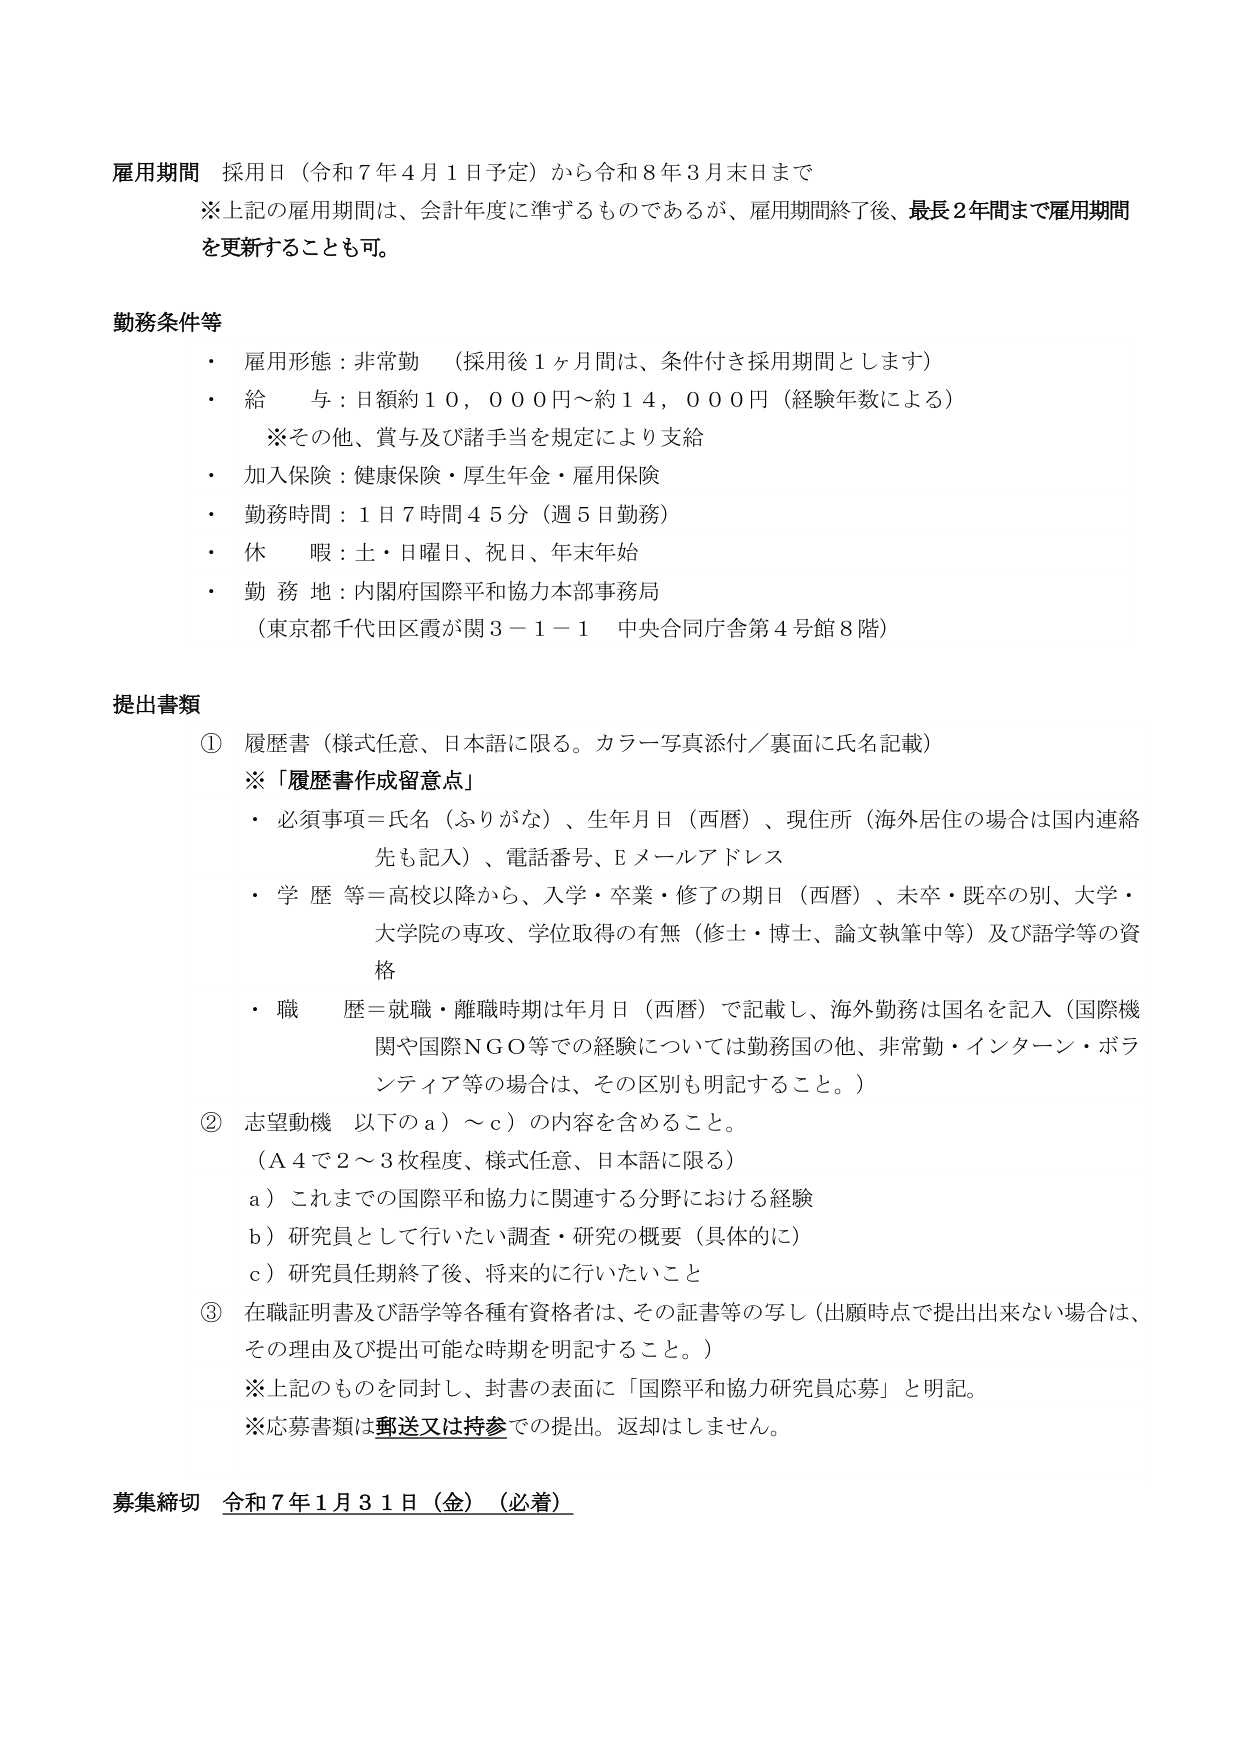
雇用期間 採用日（令和７年４月１日予定）から令和８年３月末日まで
※上記の雇用期間は、会計年度に準ずるものであるが、雇用期間終了後、最長２年間まで雇用期間を更新することも可。

勤務条件等
・ 雇用形態：非常勤 （採用後１ヶ月間は、条件付き採用期間とします）
・ 給 与：日額約１０，０００円～約１４，０００円（経験年数による）
　　※その他、賞与及び諸手当を規定により支給
・ 加入保険：健康保険・厚生年金・雇用保険
・ 勤務時間：１日７時間４５分（週５日勤務）
・ 休 暇：土・日曜日、祝日、年末年始
・ 勤務地：内閣府国際平和協力本部事務局
　　（東京都千代田区霞が関３－１－１ 中央合同庁舎第４号館８階）

提出書類
① 履歴書（様式任意、日本語に限る。カラー写真添付／裏面に氏名記載）
　※「履歴書作成留意点」
　・ 必須事項＝氏名（ふりがな）、生年月日（西暦）、現住所（海外居住の場合は国内連絡先も記入）、電話番号、Eメールアドレス
　・ 学歴等＝高校以降から、入学・卒業・修了の期日（西暦）、未卒・既卒の別、大学・大学院の専攻、学位取得の有無（修士・博士、論文執筆中等）及び語学等の資格
　・ 職 歴＝就職・離職時期は年月日（西暦）で記載し、海外勤務は国名を記入（国際機関や国際NGO等での経験については勤務国の他、非常勤・インターン・ボランティア等の場合は、その区別も明記すること。）
② 志望動機 以下のa）～c）の内容を含めること。
　（A４で２～３枚程度、様式任意、日本語に限る）
　a）これまでの国際平和協力に関連する分野における経験
　b）研究員として行いたい調査・研究の概要（具体的に）
　c）研究員任期終了後、将来的に行いたいこと
③ 在職証明書及び語学等各種有資格者は、その証書等の写し（出願時点で提出出来ない場合は、その理由及び提出可能な時期を明記すること。）
　※上記のものを同封し、封書の表面に「国際平和協力研究員応募」と明記。
　※応募書類は郵送又は持参での提出。返却はしません。

募集締切 令和７年１月３１日（金）（必着）